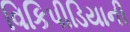
વિકિપીડિયાની